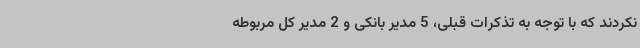
نکردند که با توجه به تذکرات قبلی، 5 مدیر بانکی و 2 مدیر کل مربوطه